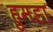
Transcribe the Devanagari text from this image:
हुमडा